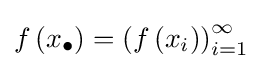
f\left(x_{\bullet }\right)=\left(f\left(x_{i}\right)\right)_{i=1}^{\infty }